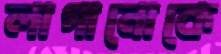
লাগানোকে